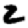
Digit: 2